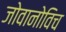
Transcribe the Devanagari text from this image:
जोवानोविच